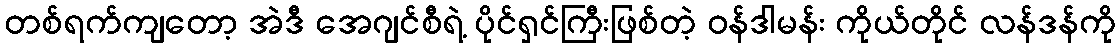
တစ်ရက်ကျတော့ အဲဒီ အေဂျင်စီရဲ့ ပိုင်ရှင်ကြီးဖြစ်တဲ့ ဝန်ဒါမန်း ကိုယ်တိုင် လန်ဒန်ကို